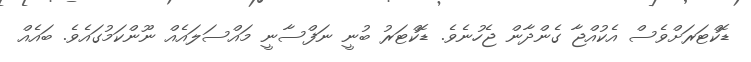
ޑޮކްޓަރަށްވެސް އެކުއްޖާ ގެންދާން ޖެހުނެވެ. ޑޮކްޓަރު ބުނީ ނަފްސާނީ މައްސަލައެއް ނޫންކަމުގައެވެ. ބައެއް